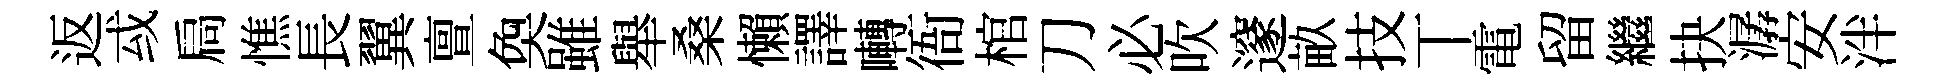
返㦯扃憔長翼亶奐雖舉桑懶譯囀衙棺刀必吹邃畝技丅電留繼抉潺安泮